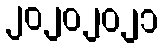
၂၀၂၀၂၀၂၁